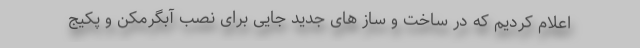
اعلام کردیم که در ساخت و ساز های جدید جایی برای نصب آبگرمکن و پکیج